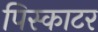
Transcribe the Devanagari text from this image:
पिस्काटर